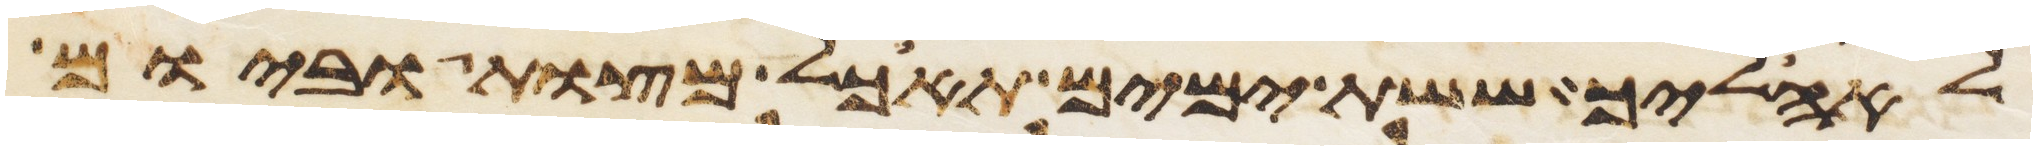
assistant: לאהליך ששת ימים תאכל מצות וביום